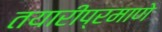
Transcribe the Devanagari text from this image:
तयारीप्रमाणे